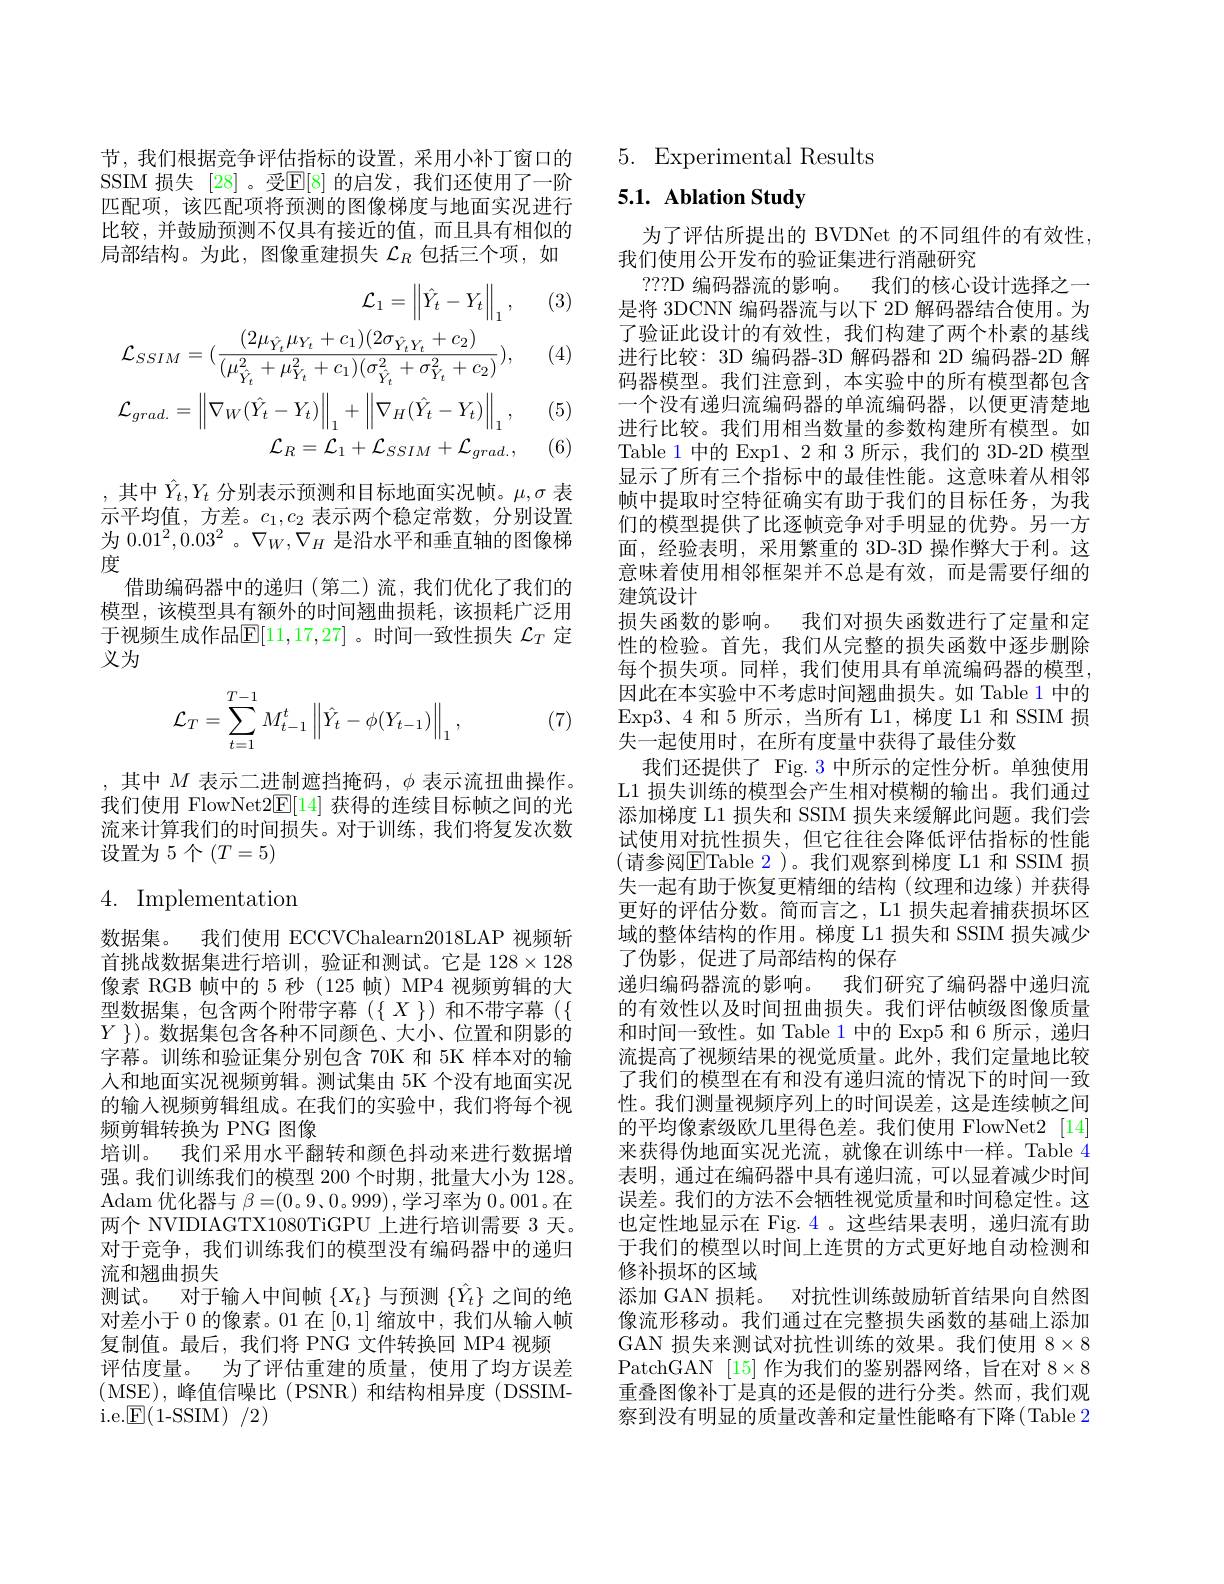
节，我们根据竞争评估指标的设置，采用小补丁窗口的SSIM 损失[28]。受$\mathbb{E}[8]$ 的启发，我们还使用了一阶匹配项，该匹配项将预测的图像梯度与地面实况进行比较，并鼓励预测不仅具有接近的值，而且具有相似的局部结构。为此，图像重建损失$\mathcal{L}_R$包括三个项，如

(3)

(4)
$$\mathcal{L}_{1}=\left\|\hat{Y}_{t}-Y_{t}\right\|_{1},\\\mathcal{L}_{SSIM}=(\frac{(2\mu_{\hat{Y}_{t}}\mu_{Y_{t}}+c_{1})(2\sigma_{\hat{Y}_{t}Y_{t}}+c_{2})}{(\mu_{\hat{Y}_{t}}^{2}+\mu_{Y_{t}}^{2}+c_{1})(\sigma_{\hat{Y}_{t}}^{2}+\sigma_{Y_{t}}^{2}+c_{2})}),\\\mathcal{L}_{grad.}=\left\|\nabla_{W}(\hat{Y}_{t}-Y_{t})\right\|_{1}+\left\|\nabla_{H}(\hat{Y}_{t}-Y_{t})\right\|_{1},\\\mathcal{L}_{R}=\mathcal{L}_{1}+\mathcal{L}_{SSIM}+\mathcal{L}_{grad.},$$
(5)

(6)

,其中$\hat{Y}_t,Y_t$分别表示预测和目标地面实况帧。$\mu,\sigma$表示平均值，方差。$c_1,c_2$表示两个稳定常数，分别设置为$0.01^2,0.03^2$ 。$\nabla_W,\nabla_H$是沿水平和垂直轴的图像梯度
借助编码器中的递归(第二)流，我们优化了我们的模型，该模型具有额外的时间翘曲损耗，该损耗广泛用于视频生成作品$\mathbb{E}[11,17,27]$ 。时间一致性损失 $\mathcal{L}_T$ 定义为
$$\mathcal{L}_T=\sum\limits_{t=1}^{T-1}M_{t-1}^t\left\|\hat{Y}_t-\phi(Y_{t-1})\right\|_1,$$
(7)

,其中$M$ 表示二进制遮挡掩码$,\phi$ 表示流扭曲操作。我们使用 FlowNet2$\underline{\mathrm{E}}[14]$获得的连续目标帧之间的光流来计算我们的时间损失。对于训练，我们将复发次数设置为 5个$(T=5)$

4. Implementation

数据集。我们使用 ECCVChalearn2018LAP 视频斩首挑战数据集进行培训，验证和测试。它是 128×128像素 RGB 帧中的 5 秒 (125 帧) MP4 视频剪辑的大型数据集，包含两个附带字幕($\{X\})和不带字幕(\{X\})$ $Y\})$。数据集包含各种不同颜色、大小、位置和阴影的字幕。训练和验证集分别包含 70K 和 5K 样本对的输入和地面实况视频剪辑。测试集由 5K 个没有地面实况的输人视频剪辑组成。在我们的实验中，我们将每个视频剪辑转换为 PNG 图像
培训。我们采用水平翻转和颜色抖动来进行数据增强。我们训练我们的模型 200 个时期，批量大小为 128。$\operatorname{Adam}$优化器与 $\beta=(0$。9、0。999),学习率为 0。001。在两个 NVIDIAGTX1080TiGPU 上进行培训需要 3 天。对于竞争，我们训练我们的模型没有编码器中的递归流和翘曲损失
测试。对于输入中间帧$\{X_t\}$与预测$\{\hat{Y}_t\}$之间的绝对差小于 0 的像素。01 在[0,1]缩放中，我们从输入帧复制值。最后，我们将 PNG 文件转换回 MP4 视频
评估度量。为了评估重建的质量，使用了均方误差(MSE),峰值信噪比(PSNR)和结构相异度(DSSIMi. e. $\underline {{\mathbb{E} }}($1-SSIM) /2)

5. Experimental Results

# 5.1. Ablation Study

为了评估所提出的 BVDNet 的不同组件的有效性，
我们使用公开发布的验证集进行消融研究
???D 编码器流的影响。我们的核心设计选择之一是将 3DCNN 编码器流与以下 2D 解码器结合使用。为了验证此设计的有效性，我们构建了两个朴素的基线进行比较：3D 编码器-3D 解码器和 2D 编码器-2D 解码器模型。我们注意到，本实验中的所有模型都包含一个没有递归流编码器的单流编码器，以便更清楚地进行比较。我们用相当数量的参数构建所有模型。如Table 1 中的 Exp1、2 和 3 所示，我们的 3D-2D 模型显示了所有三个指标中的最佳性能。这意味着从相邻帧中提取时空特征确实有助于我们的目标任务，为我们的模型提供了比逐帧竞争对手明显的优势。另一方面，经验表明，采用繁重的 3D-3D 操作弊大于利。这意味着使用相邻框架并不总是有效，而是需要仔细的建筑设计
损失函数的影响。我们对损失函数进行了定量和定性的检验。首先，我们从完整的损失函数中逐步删除每个损失项。同样，我们使用具有单流编码器的模型， 因此在本实验中不考虑时间翘曲损失。如 Table 1 中的Exp3、4 和 5 所示，当所有 L1, 梯度 L1 和 SSIM 损失一起使用时，在所有度量中获得了最佳分数
我们还提供了 Fig. 3 中所示的定性分析。单独使用L1 损失训练的模型会产生相对模糊的输出。我们通过添加梯度 L1 损失和 SSIM 损失来缓解此问题。我们尝试使用对抗性损失，但它往往会降低评估指标的性能(请参阅$\overline{\mathrm{E}}$Table 2)。我们观察到梯度 L1 和 SSIM 损失一起有助于恢复更精细的结构(纹理和边缘)并获得更好的评估分数。简而言之，L1 损失起着捕获损坏区域的整体结构的作用。梯度 L1 损失和 SSIM 损失减少了伪影，促进了局部结构的保存
递归编码器流的影响。我们研究了编码器中递归流的有效性以及时间扭曲损失。我们评估帧级图像质量和时间一致性。如 Table 1 中的 Exp5 和 6 所示，递归流提高了视频结果的视觉质量。此外，我们定量地比较了我们的模型在有和没有递归流的情况下的时间一致性。我们测量视频序列上的时间误差，这是连续帧之间的平均像素级欧几里得色差。我们使用 FlowNet2[14] 来获得伪地面实况光流，就像在训练中一样。Table 4表明，通过在编码器中具有递归流，可以显着减少时间误差。我们的方法不会牺牲视觉质量和时间稳定性。这也定性地显示在 Fig.4。这些结果表明，递归流有助于我们的模型以时间上连贯的方式更好地自动检测和修补损坏的区域
添加 GAN 损耗。对抗性训练鼓励斩首结果向自然图像流形移动。我们通过在完整损失函数的基础上添加GAN 损失来测试对抗性训练的效果。我们使用$8\times8$ PatchGAN [15] 作为我们的鉴别器网络，旨在对$8\times8$ 重叠图像补丁是真的还是假的进行分类。然而，我们观察到没有明显的质量改善和定量性能略有下降(Table 2